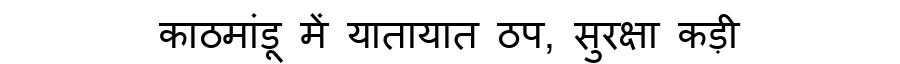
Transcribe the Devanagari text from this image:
काठमांडू में यातायात ठप, सुरक्षा कड़ी